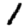
Digit: 1